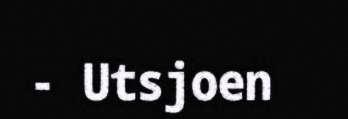
- Utsjoen